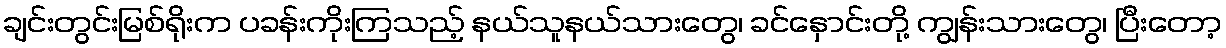
ချင်းတွင်းမြစ်ရိုးက ပခန်းကိုးကြသည့် နယ်သူနယ်သားတွေ၊ ခင်နှောင်းတို့ ကျွန်းသားတွေ၊ ပြီးတော့